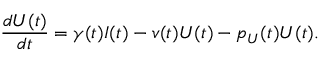
\frac { d U ( t ) } { d t } = \gamma ( t ) I ( t ) - v ( t ) U ( t ) - p _ { U } ( t ) U ( t ) .